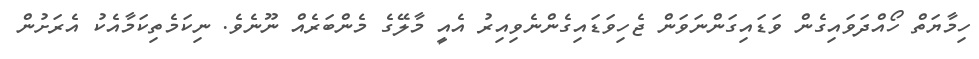
ހިމާޔަތް ހޯއްދަވައިގެން ވަޑައިގަންނަވަން ޖެހިވަޑައިގެންނެވިއިރު އެއީ މާލޭގެ މެންބަރެއް ނޫނެވެ. ނިކަމެތިކަމާއެކު އެރަށުން